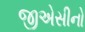
જીએસીનો